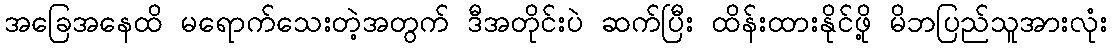
အခြေအနေထိ မရောက်သေးတဲ့အတွက် ဒီအတိုင်းပဲ ဆက်ပြီး ထိန်းထားနိုင်ဖို့ မိဘပြည်သူအားလုံး